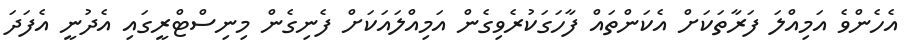
އެހެންވެ އަމިއްލަ ފަރާތަކަށް އެކަންތައް ފާހަގަކުރެވިގެން އަމިއްލައަކަށް ފެނިގެން މިނިސްޓްރީގައި އެދުނީ އެފަދަ